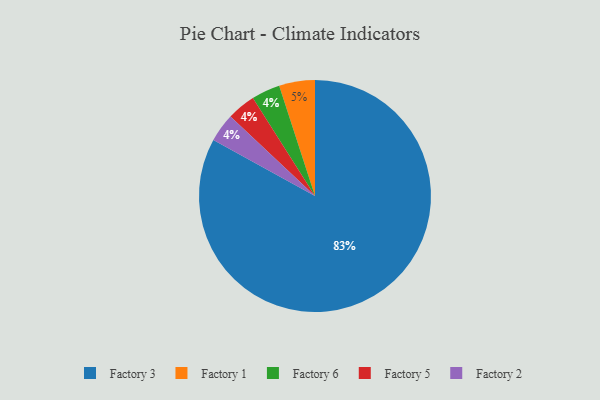
{"axis": {"x": "Category", "y": "Percentage"}, "legend": ["Factory 1", "Factory 2", "Factory 3", "Factory 5", "Factory 6"], "data": [{"x": "Factory 3", "y": 83, "type": "Factory 3"}, {"x": "Factory 6", "y": 4, "type": "Factory 6"}, {"x": "Factory 1", "y": 5, "type": "Factory 1"}, {"x": "Factory 5", "y": 4, "type": "Factory 5"}, {"x": "Factory 2", "y": 4, "type": "Factory 2"}]}